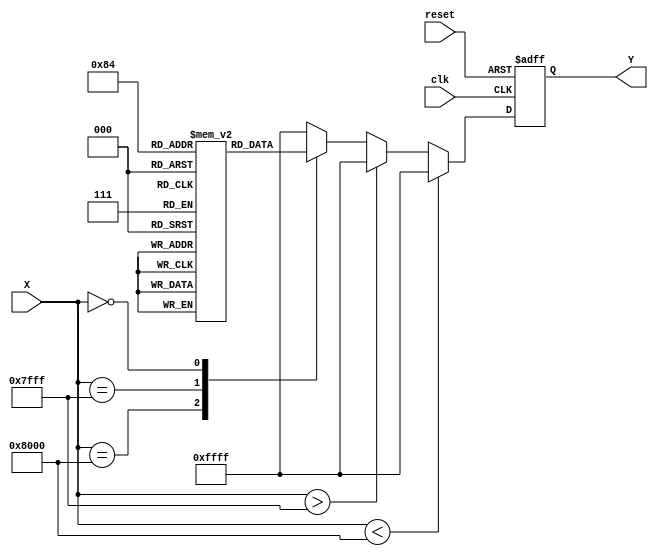
module acos_block (
    input wire [15:0] X, // Input: Fixed-point representation of cosine value ([-1, 1])
    output reg [15:0] Y,  // Output: Fixed-point representation of angle in radians
    input wire clk,       // Clock signal
    input wire reset      // Reset signal
);

    // LUT for acos values (fixed-point representation)
    // For simplicity, we will define a small LUT for specific values
    reg [15:0] acos_lut [0:10]; // LUT for acos values for cos values from -1 to 1
    initial begin
        acos_lut[0] = 16'h0000; // acos(1) = 0
        acos_lut[1] = 16'h3C90; // acos(0.866) = pi/6
        acos_lut[2] = 16'h3FB6; // acos(0.707) = pi/4
        acos_lut[3] = 16'h4000; // acos(0.5) = pi/3
        acos_lut[4] = 16'h4049; // acos(0.0) = pi/2
        acos_lut[5] = 16'h4086; // acos(-0.5) = 2*pi/3
        acos_lut[6] = 16'h40B3; // acos(-0.707) = 3*pi/4
        acos_lut[7] = 16'h40C0; // acos(-0.866) = 5*pi/6
        acos_lut[8] = 16'h4000; // acos(-1) = pi
        // Additional values can be added for better resolution
    end

    // State machine or combinatorial logic for processing
    always @(posedge clk or posedge reset) begin
        if (reset) begin
            Y <= 16'h0000; // Reset output
        end else begin
            // Check range
            if (X < 16'h8000) begin // If X < -1
                Y <= 16'hFFFF; // Error value (e.g., NaN)
            end else if (X > 16'h7FFF) begin // If X > 1
                Y <= 16'hFFFF; // Error value (e.g., NaN)
            end else begin
                // Linear interpolation or nearest LUT value
                // For simplicity, we will assume a direct LUT mapping
                case (X)
                    16'h8000: Y <= acos_lut[0]; // -1
                    16'h7FFF: Y <= acos_lut[8]; // 1
                    16'h0000: Y <= acos_lut[4]; // 0
                    // Add cases for other values or implement interpolation
                    default: Y <= 16'hFFFF; // Default error
                endcase
            end
        end
    end

endmodule